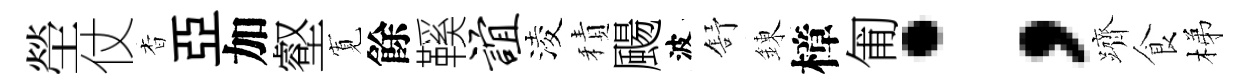
塋仗杳亞加壑𡩖餘鞵谊淩積颺波舒錬樟匍；躋食梯